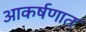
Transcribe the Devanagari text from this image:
आकर्षणात